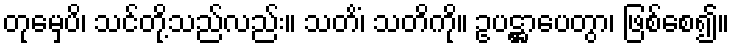
တုမှေပိ၊ သင်တို့သည်လည်း။ သတိံ၊ သတိကို။ ဥပဋ္ဌာပေတွာ၊ ဖြစ်စေ၍။